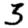
Digit: 3